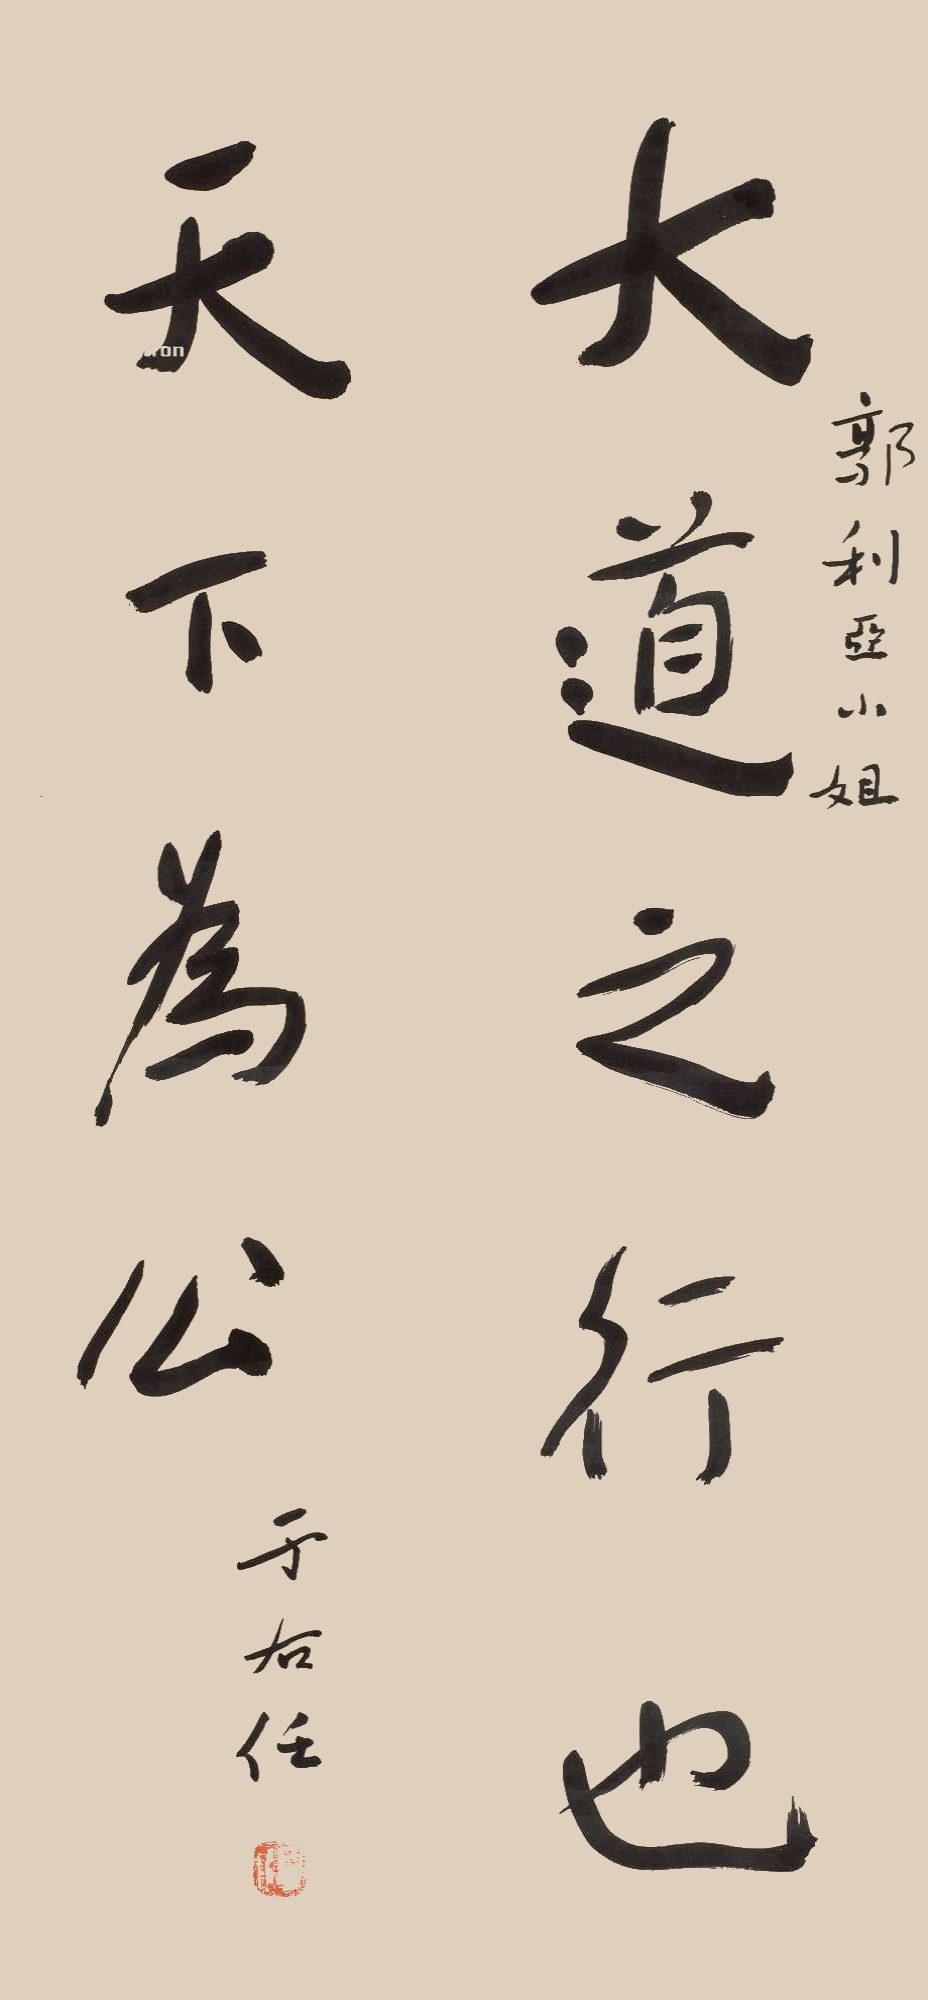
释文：大道之行也，天下为公。郭利亚小姐。于右任。